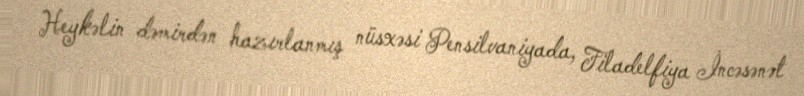
Heykəlin dəmirdən hazırlanmış nüsxəsi Pensilvaniyada, Filadelfiya İncəsənət